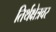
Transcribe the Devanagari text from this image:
तिर्थक्षेत्रवर